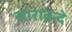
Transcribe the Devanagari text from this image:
साराबन्दे